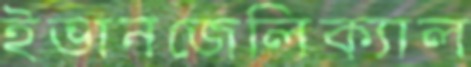
ইভানজেলিক্যাল